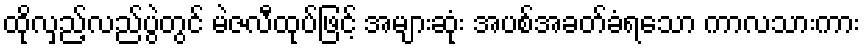
ထိုလှည့်လည်ပွဲတွင် မဲဇလီထုပ်ဖြင့် အများဆုံး အပစ်အခတ်ခံရသော ကာလသားကား